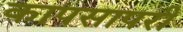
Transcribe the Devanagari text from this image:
कापसापरी